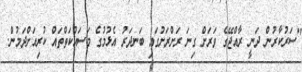
"ސަރުކާރުން ދަނީ ރާއްޖޭގެ ވަރަށް ގިނަ ރަށްރަށުގައި ބަނދަރު އެޅުމުގެ މަސައްކަތްތައް ކުރިއަށްދަމުން.